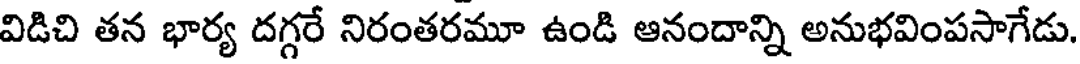
విడిచి తన భార్య దగ్గరే నిరంతరమూ ఉండి ఆనందాన్ని అనుభవింపసాగేడు.